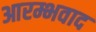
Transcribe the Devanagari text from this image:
आरम्भवाद